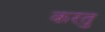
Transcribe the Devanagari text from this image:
करतु